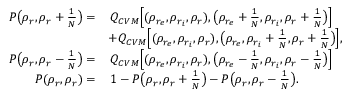
\begin{array} { r l } { P \big ( \rho _ { r } , \rho _ { r } + \frac { 1 } { N } \big ) = } & { \, Q _ { C V M } \Big [ ( \rho _ { r _ { e } } , \rho _ { r _ { i } } , \rho _ { r } ) , \big ( \rho _ { r _ { e } } + \frac { 1 } { N } , \rho _ { r _ { i } } , \rho _ { r } + \frac { 1 } { N } \big ) \Big ] } \\ & { + Q _ { C V M } \Big [ ( \rho _ { r _ { e } } , \rho _ { r _ { i } } , \rho _ { r } ) , \big ( \rho _ { r _ { e } } , \rho _ { r _ { i } } + \frac { 1 } { N } , \rho _ { r } + \frac { 1 } { N } \big ) \Big ] , } \\ { P \big ( \rho _ { r } , \rho _ { r } - \frac { 1 } { N } \big ) = } & { \, Q _ { C V M } \Big [ ( \rho _ { r _ { e } } , \rho _ { r _ { i } } , \rho _ { r } ) , \big ( \rho _ { r _ { e } } - \frac { 1 } { N } , \rho _ { r _ { i } } , \rho _ { r } - \frac { 1 } { N } \big ) \Big ] } \\ { P ( \rho _ { r } , \rho _ { r } ) = } & { \, 1 - P \big ( \rho _ { r } , \rho _ { r } + \frac { 1 } { N } \big ) - P \big ( \rho _ { r } , \rho _ { r } - \frac { 1 } { N } \big ) . } \end{array}